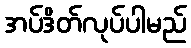
အပ်ဒိတ်လုပ်ပါမည်